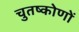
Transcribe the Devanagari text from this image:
चुतष्कोणों